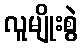
လူမျိုးစွဲ